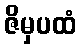
ဇိမှပထံ